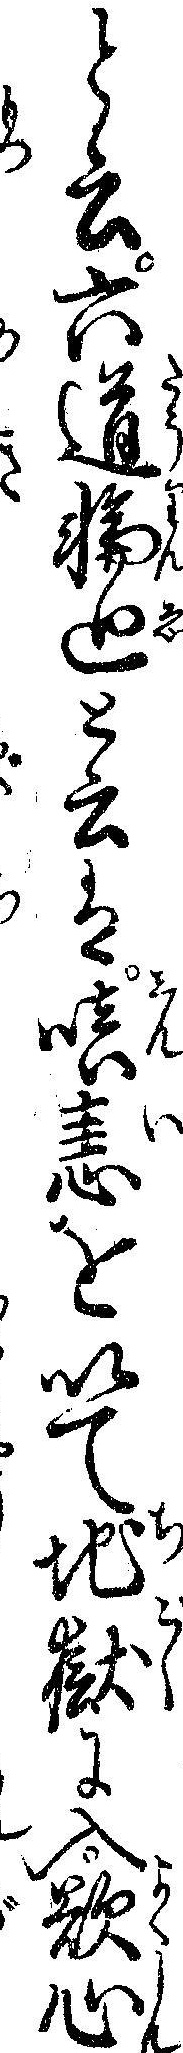
と云六道輪廻と云は恚を以て地獄に入欲心